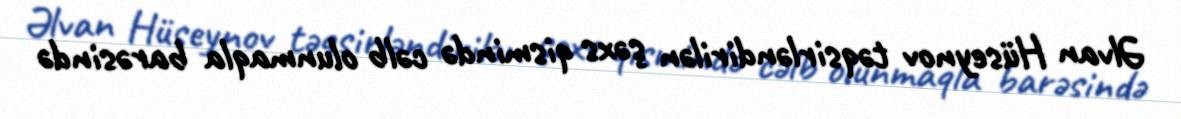
Əlvan Hüseynov təqsirləndirilən şəxs qismində cəlb olunmaqla barəsində